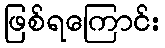
ဖြစ်ရကြောင်း